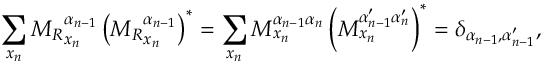
\sum _ { x _ { n } } { M _ { R } } _ { x _ { n } } ^ { \alpha _ { n - 1 } } \left( { M _ { R } } _ { x _ { n } } ^ { \alpha _ { n - 1 } } \right) ^ { * } = \sum _ { x _ { n } } M _ { x _ { n } } ^ { \alpha _ { n - 1 } \alpha _ { n } } \left( M _ { x _ { n } } ^ { \alpha _ { n - 1 } ^ { \prime } \alpha _ { n } ^ { \prime } } \right) ^ { * } = \delta _ { \alpha _ { n - 1 } , \alpha _ { n - 1 } ^ { \prime } } ,